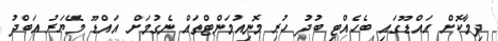
ދިމާކޮށް އައްޑޫގައި ބެހެއްޓި ބުދު ހުރި މޮނިއުމަންޓްތައް ނެގުމަށް އައްޑޫ މޭޔަރު އަބްދު